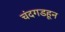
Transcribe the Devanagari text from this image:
चंदगडहून